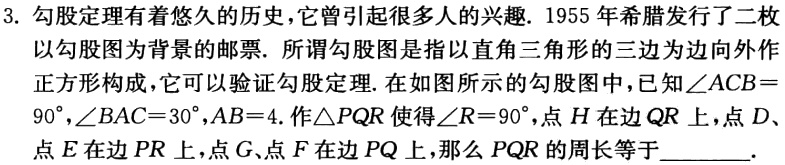
3. 勾股定理有着悠久的历史，它曾引起很多人的兴趣. 1955 年希腊发行了二枚
以勾股图为背景的邮票. 所谓勾股图是指以直角三角形的三边为边向外作
正方形构成，它可以验证勾股定理. 在如图所示的勾股图中，已知$\angle ACB =$
$90^{\circ},\angle BAC = 30^{\circ},AB = 4$. 作$\triangle PQR$使得$\angle R = 90^{\circ}$，点$H$在边$QR$上，点$D$、
点$E$在边$PR$上，点$G$、点$F$在边$PQ$上，那么$PQR$的周长等于$\underline{\qquad}$.